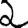
Digit: 2